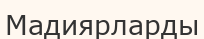
Мадиярларды